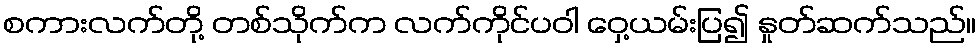
စကားလက်တို့ တစ်သိုက်က လက်ကိုင်ပဝါ ဝှေ့ယမ်းပြ၍ နှုတ်ဆက်သည်။